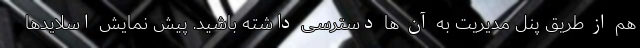
هم از طریق پنل مدیریت به آن ها دسترسی داشته باشید. پیش نمایش اسلایدها